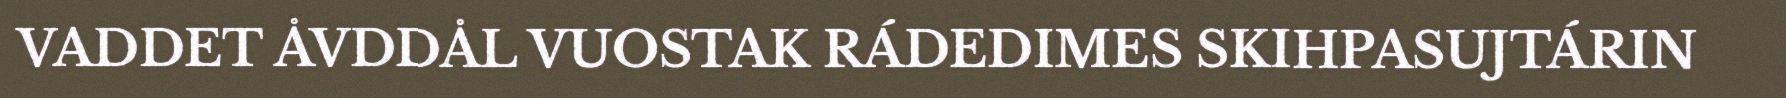
VADDET ÅVDDÅL VUOSTAK RÁDEDIMES SKIHPASUJTÁRIN